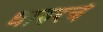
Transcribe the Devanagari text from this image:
धारुरचे